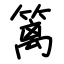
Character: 篱